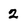
Character: 2